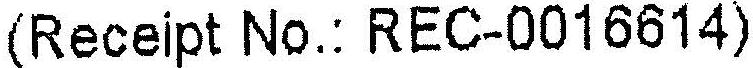
(RECEIPT NO.: REC-0016614)